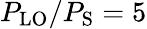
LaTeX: P_{\mathrm{LO}}/P_{\mathrm{S}}=5